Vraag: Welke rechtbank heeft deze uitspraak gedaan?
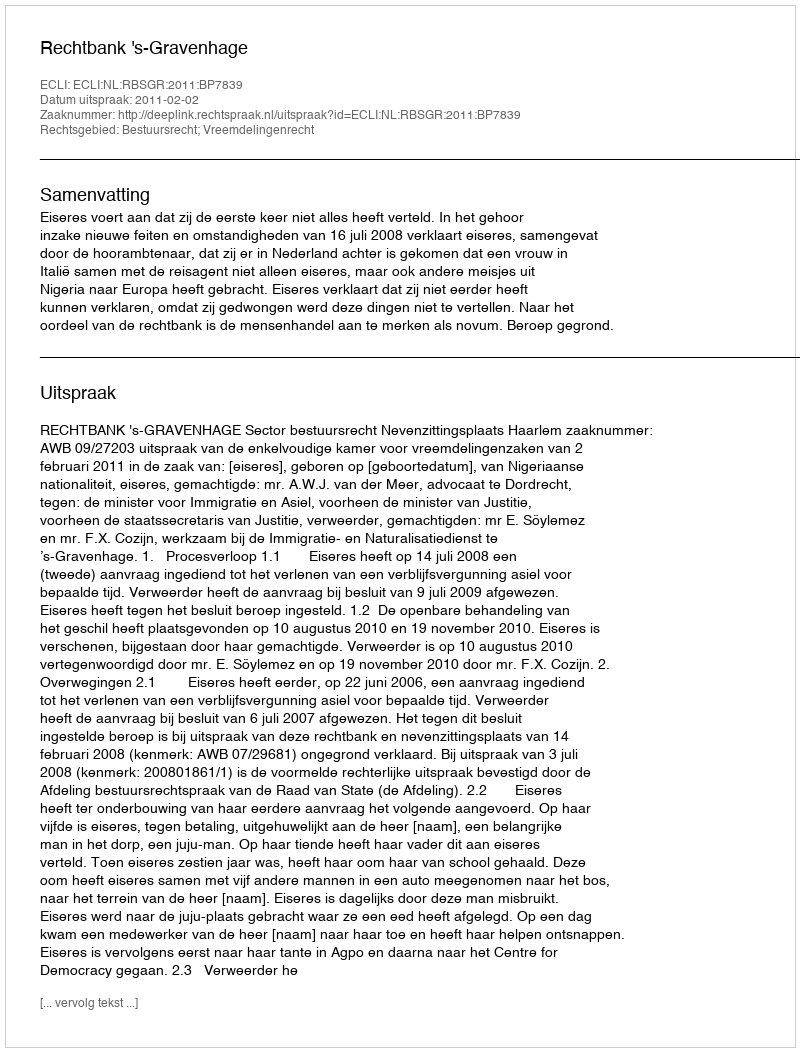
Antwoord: Rechtbank 's-Gravenhage